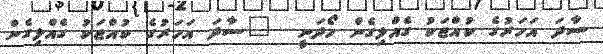
ސާދަ އަހަރުގެ ކުއްޖަކު ގެއްލިގެން ހޯދަނީ  	ސާދަ އަހަރުގެ ކުއްޖަކު ގެއްލިގެން